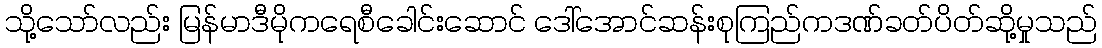
သို့သော်လည်း မြန်မာဒီမိုကရေစီခေါင်းဆောင် ဒေါ်အောင်ဆန်းစုကြည်ကဒဏ်ခတ်ပိတ်ဆို့မှုသည်